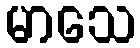
မာသေ